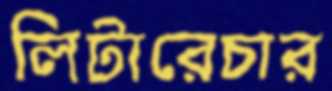
লিটারেচার